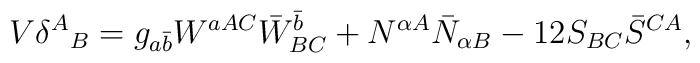
V \delta^A{}_B = g_{a \bar{b}}W^{aAC}\bar{W}^{\bar{b}}_{BC} +     N^{\alpha A}\bar{N}_{\alpha B} - 12 S_{BC}\bar{S}^{CA},